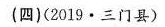
(四)(2019·三门县)